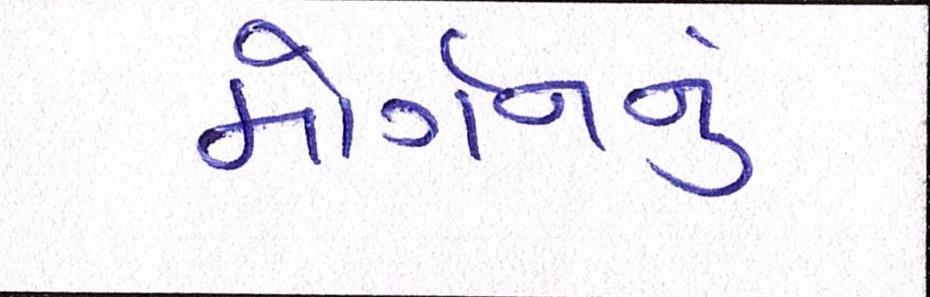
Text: મોર્ગનનું